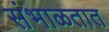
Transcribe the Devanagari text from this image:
संभाळतात